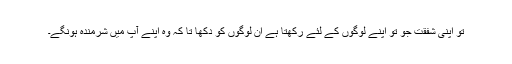
تو اپنی شفقت جو تو اپنے لوگوں کے لئے رکھتا ہے ان لوگوں کو دکھا تا کہ وہ اپنے آپ میں شرمندہ ہونگے۔